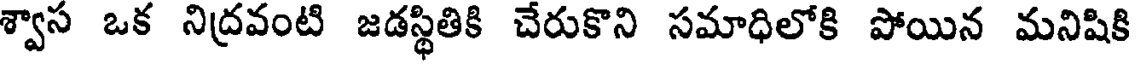
శ్వాస ఒక నిద్రవంటి జడస్థితికి చేరుకొని సమాధిలోకి పోయిన మనిషికి